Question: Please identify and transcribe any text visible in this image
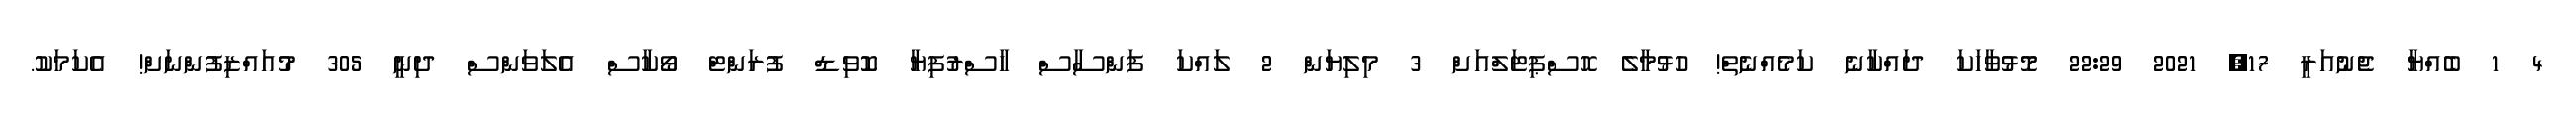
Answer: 4 1 ބެއްޔާ ޖެނުއަރީ 17, 2021 22:29 މޮޅުވާހަކަ ދައްކާނެ ކަމެއްނެތް! ހުޅުމާލެ ހޮސްޕިޓަލްއަށް 3 މިލިޔަން 2 ލައްކަ ފަންސާސް ހާސްރުފިޔާ ކޮވިޑް ފުރަންޓް ވޯކާސް އެލަވަންސް ދިނީ 305 މުއައްޒިފުންނަށް! އެކަމަކު.